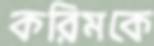
করিমকে